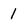
Character: 1